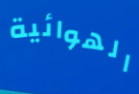
الهوائية